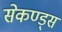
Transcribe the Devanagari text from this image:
सेकण्ड्स